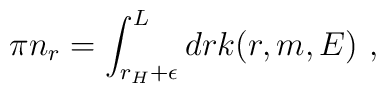
\pi n_r = \int^L_{r_H+ \epsilon} dr k(r,m,E)~,